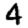
Digit: 4